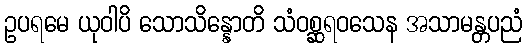
ဥပရမေ ယုဝါပိ သောသိန္နောတိ သံဝစ္ဆရဝသေန အသာမန္တပညံ